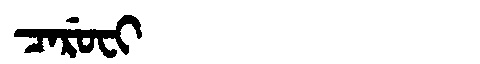
Manchu: ᠴᠠᡵᡠᠸᡳ
Romanization: CARUFI